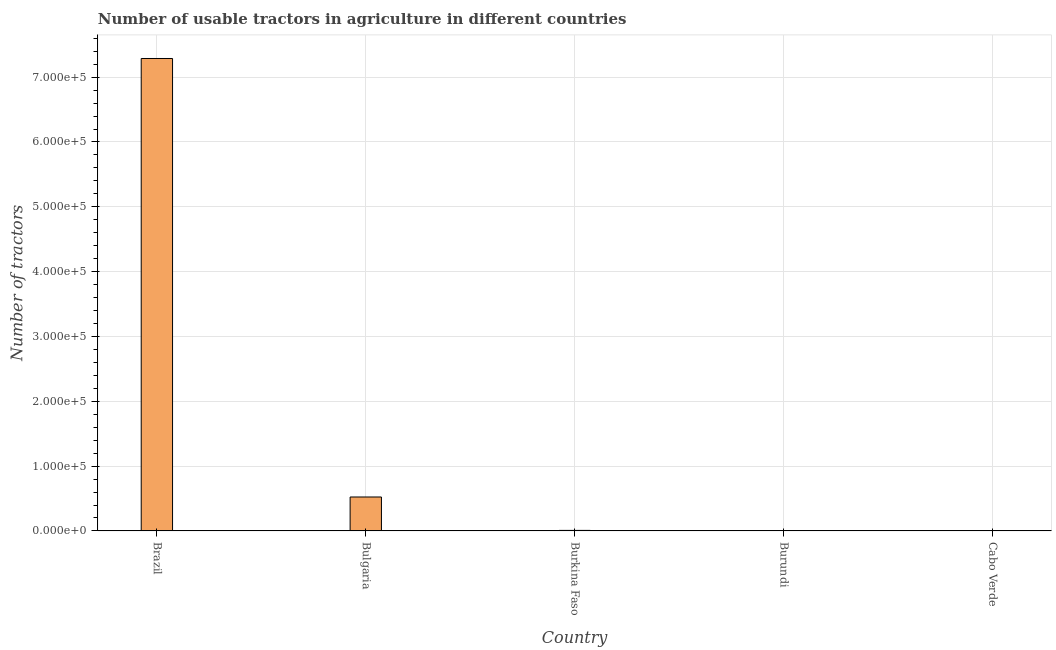
| Country | Agricultural machinery |
 | --- | --- |
 | Brazil | 7.29e+05 |
 | Bulgaria | 5.24e+04 |
 | Burkina Faso | 840 |
 | Burundi | 163 |
 | Cabo Verde | 29 |